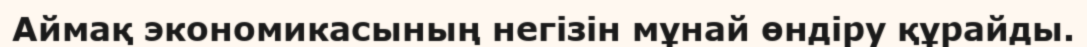
Аймақ экономикасының негізін мұнай өндіру құрайды.